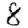
Digit: 8